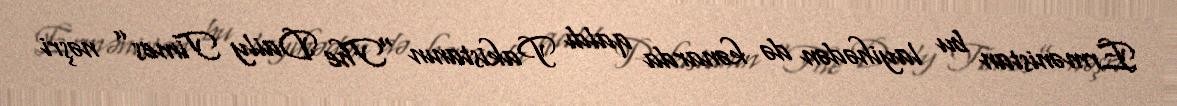
Ermənistan bu layihədən də kənarda qaldı Pakistanın “The Daily Times” nəşri